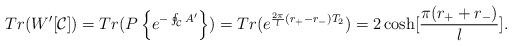
LaTeX: \begin{align*}Tr(W'[{\cal C}])= Tr(P\left\{e^{-\oint_{\cal C} A'}\right\})=Tr(e^{{{2\pi\over l}(r_+-r_-)}T_2})=2\cosh [{\pi(r_++r_-)\over l}].\end{align*}